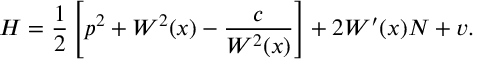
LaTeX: H = \frac 1 2 \left[ p ^ { 2 } + W ^ { 2 } ( x ) - \frac { c } { W ^ { 2 } ( x ) } \right] + 2 W ^ { \prime } ( x ) N + v .